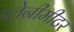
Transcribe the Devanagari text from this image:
प्लेनीमीटर